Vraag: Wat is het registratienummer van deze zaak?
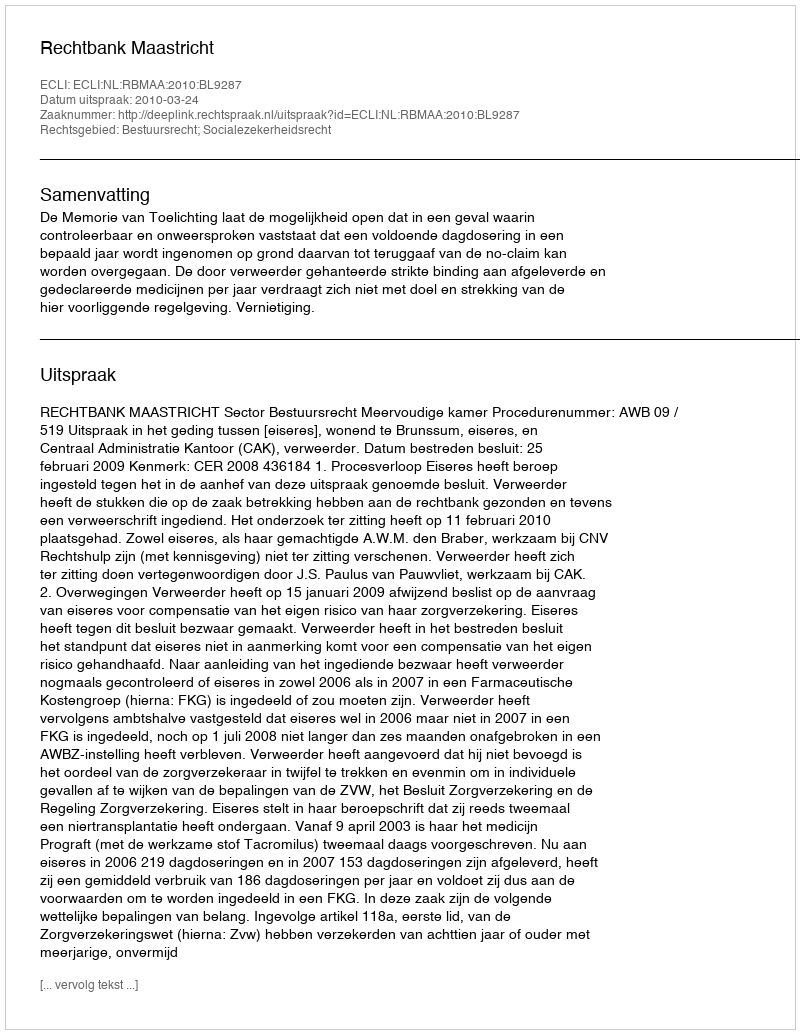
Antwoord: http://deeplink.rechtspraak.nl/uitspraak?id=ECLI:NL:RBMAA:2010:BL9287